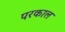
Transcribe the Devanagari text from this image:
परकाल